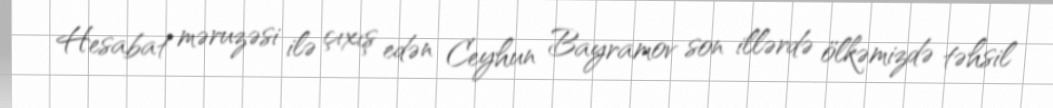
Hesabat məruzəsi ilə çıxış edən Ceyhun Bayramov son illərdə ölkəmizdə təhsil